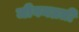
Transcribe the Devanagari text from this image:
जीवनव्रती